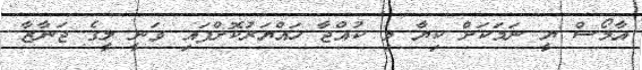
އާމޯސް ޔީ ނަމަކަށް ކިޔާ މި ކުއްޖާ ހައްޔަރުކޮށްފައި ވަނީ ލީގެ ޖަނާޒާ